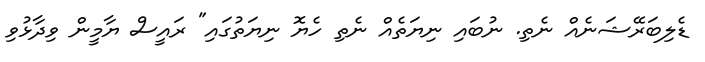
ޑެލިބަރޭޝަނެއް ނެތި. ނުބައި ނިޔަތެއް ނެތި ހެޔޮ ނިޔަތުގައި" ރައީސް ޔާމީން ވިދާޅުވި